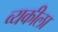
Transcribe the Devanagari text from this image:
व्यकीला